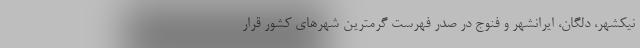
نیکشهر، دلگان، ایرانشهر و فنوج در صدر فهرست گرمترین شهرهای کشور قرار